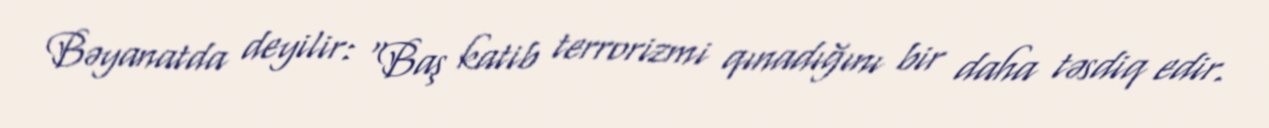
Bəyanatda deyilir: "Baş katib terrorizmi qınadığını bir daha təsdiq edir.